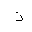
Letter: _thal